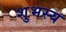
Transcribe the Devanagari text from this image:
शुभस्य